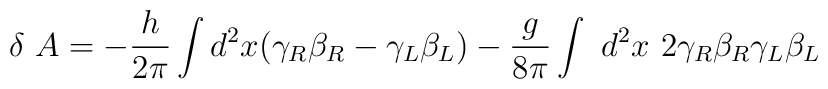
\delta~A=-{h\over 2\pi}\int d^2x (\gamma_R\beta_R-\gamma_L\beta_L)-{g\over 8\pi}\int~ d^2x ~2\gamma_R\beta_R\gamma_L\beta_L